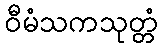
ဝီမံသကသုတ္တံ